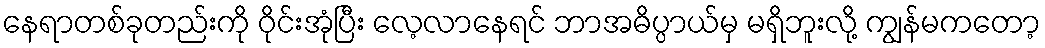
နေရာတစ်ခုတည်းကို ဝိုင်းအုံပြီး လေ့လာနေရင် ဘာအဓိပ္ပာယ်မှ မရှိဘူးလို့ ကျွန်မကတော့